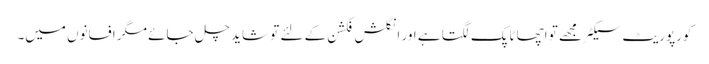
کورپوریٹ سیکٹر مجھے تو اچھا ٹاپک لگتا ہے اور انگلش فکشن کے لئے تو شاید چل جائے مگر افسانوں میں۔